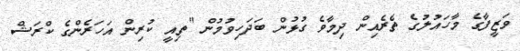
ވަޒީފާގެ މާހައުލުގެ ތެރެއިން ދިމާވެ ގުޅުން ބަދަހިވުމުން "ތިއީ ކުރިން އަހަރެންގެ ކްރަޝް